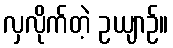
လှလိုက်တဲ့ ဥယျာဉ်။